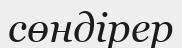
сөндірер